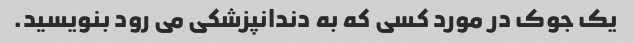
یک جوک در مورد کسی که به دندانپزشکی می رود بنویسید.